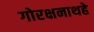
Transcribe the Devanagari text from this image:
गोरक्षनाथहे